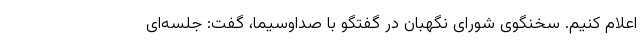
اعلام کنیم. سخنگوی شورای نگهبان در گفتگو با صداوسیما، گفت: جلسه‌ای